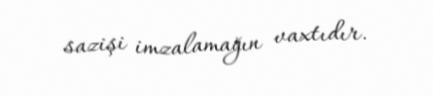
sazişi imzalamağın vaxtıdır.